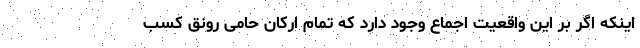
اینکه اگر بر این واقعیت اجماع وجود دارد که تمام ارکان حامی رونق کسب